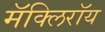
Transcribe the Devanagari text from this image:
मॅक्लिरॉय